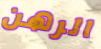
الرهن